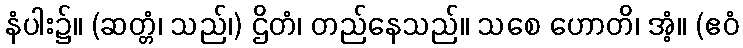
နံပါး၌။ (ဆတ္တံ၊ သည်၊) ဌိတံ၊ တည်နေသည်။ သစေ ဟောတိ၊ အံ့။ (ဧဝံ